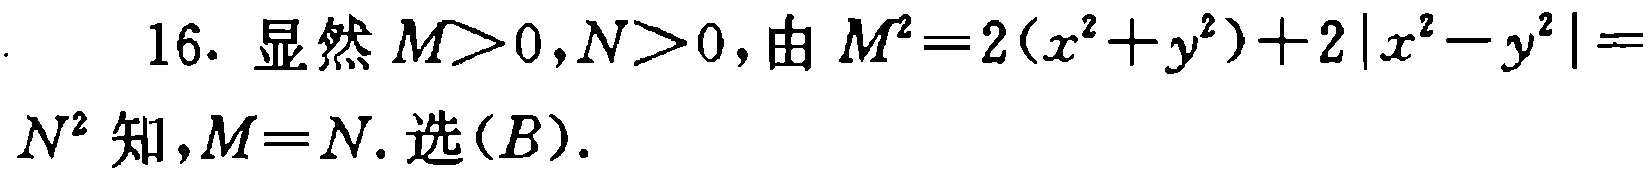
16. 显然 \(M > 0,N > 0\)，由 \(M^{2}=2(x^{2}+y^{2})+2|x^{2}-y^{2}|=\) \(N^{2}\) 知，\(M = N\). 选\((B)\).